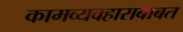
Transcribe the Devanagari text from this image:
कामव्यवहाराबाबत